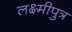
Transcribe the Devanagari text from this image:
लक्ष्मीपुत्र